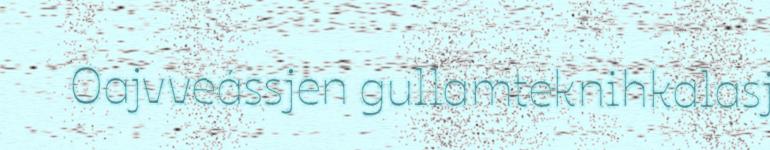
Oajvveássjen gullamteknihkalasj